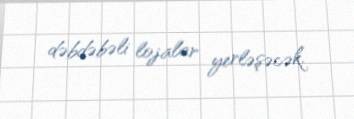
dəbdəbəli lojalar yerləşəcək.